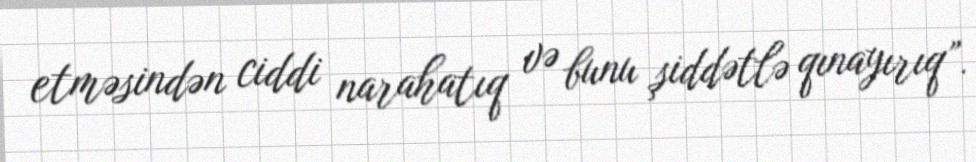
etməsindən ciddi narahatıq və bunu şiddətlə qınayırıq”.